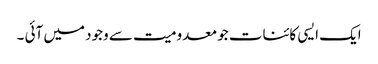
ایک ایسی کائنات جو معدومیت سے وجود میں آئی ۔